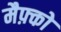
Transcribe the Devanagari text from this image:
मैफ़्को